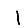
Digit: 1